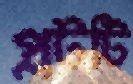
প্লটটি